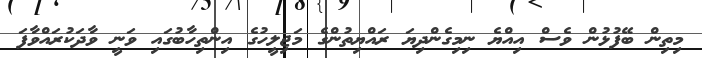
މިތިން ބޭފުޅުން ވެސް އިއްޔެ ނިމިގެންދިޔަ ރައްޔިތުންގެ މަޖިލީހުގެ އިންތިހާބުގައި ވަނީ ވާދަކުރައްވާފަ